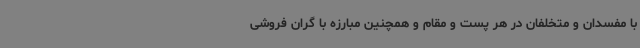
با مفسدان و متخلفان در هر پست و مقام و همچنین مبارزه با گران فروشی